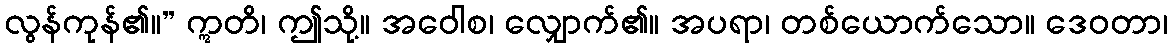
လွန်ကုန်၏။” ဣတိ၊ ဤသို့။ အဝေါစ၊ လျှောက်၏။ အပရာ၊ တစ်ယောက်သော။ ဒေဝတာ၊